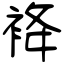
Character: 袶